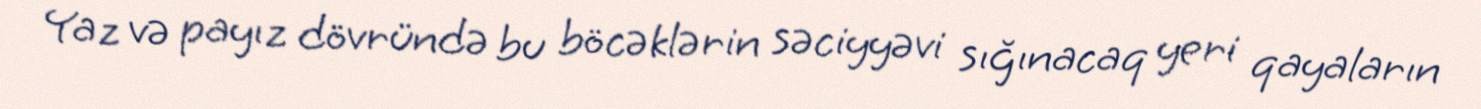
Yaz və payız dövründə bu böcəklərin səciyyəvi sığınacaq yeri qayaların